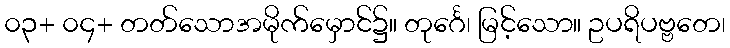
၀၃+ ၀၄+ တတ်သောအမိုက်မှောင်၌။ တုင်္ဂေ၊ မြင့်သော။ ဥပရိပဗ္ဗတေ၊